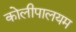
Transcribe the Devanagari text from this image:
कोलीपालयम